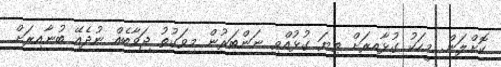
ކޮށްލަން. މީހަކު ގުޅާއިރަށް ތިޔަ ގުޅުއްވި ނަންބަރުން މިވަގުތު ޖަވާބެއް ނުދެއޭ ބުނާއިރަށް